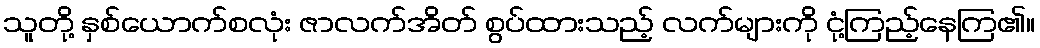
သူတို့ နှစ်ယောက်စလုံး ဇာလက်အိတ် စွပ်ထားသည့် လက်များကို ငုံ့ကြည့်နေကြ၏။